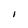
Character: I